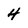
Character: 4